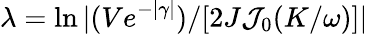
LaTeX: \lambda=\ln|(Ve^{-|\gamma|})/[2J{\cal J}_{0}(K/\omega)]|